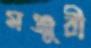
মঞ্জুরী